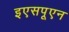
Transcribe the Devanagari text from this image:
इएसपूएन